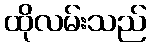
ထိုလမ်းသည်